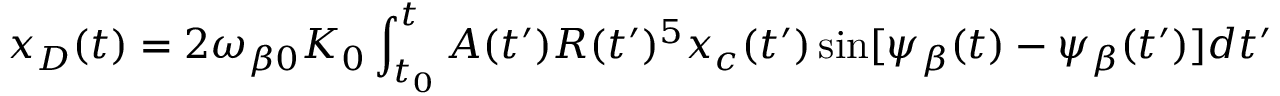
x _ { D } ( t ) = 2 \omega _ { \beta 0 } K _ { 0 } \int _ { t _ { 0 } } ^ { t } A ( t ^ { \prime } ) R ( t ^ { \prime } ) ^ { 5 } x _ { c } ( t ^ { \prime } ) \sin [ \psi _ { \beta } ( t ) - \psi _ { \beta } ( t ^ { \prime } ) ] d t ^ { \prime }